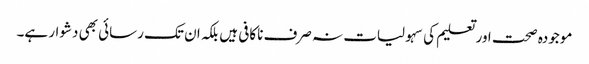
موجودہ صحت اور تعلیم کی سہولیات نہ صرف ناکافی ہیں بلکہ ان تک رسائی بھی دشوار ہے۔